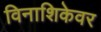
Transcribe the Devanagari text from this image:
विनाशिकेवर